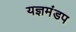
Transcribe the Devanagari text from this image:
यज्ञमंडप